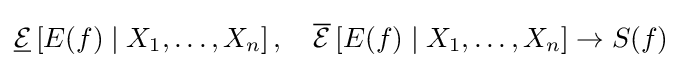
{\underline {\mathcal {E}}}\left[E(f)\mid X_{1},\dots ,X_{n}\right],\quad {\overline {\mathcal {E}}}\left[E(f)\mid X_{1},\dots ,X_{n}\right]\rightarrow S(f)